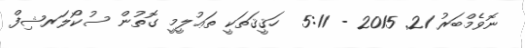
ނޮވެމްބަރު 21